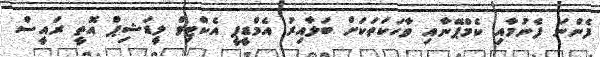
ފެންނަ ފެނުމާއި ކެމްޕޭނާއި ވާހަކަތަކަށް ބަލާއިރު އެމްޑީޕީ އެކްޓިވް ލީޑަޝިޕް އޮތީ ރައީސް